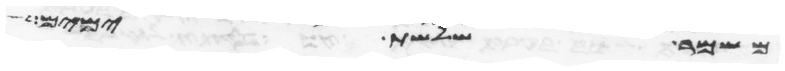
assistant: משמר שלשת ימים